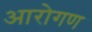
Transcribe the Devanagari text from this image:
आरोगण